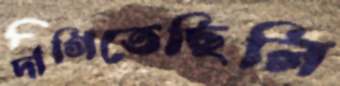
দাগিতেছিলি